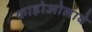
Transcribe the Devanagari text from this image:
काहोओलावे